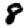
Digit: 8